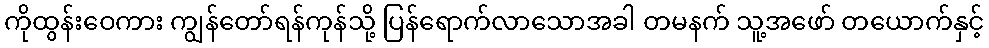
ကိုထွန်းဝေကား ကျွန်တော်ရန်ကုန်သို့ ပြန်ရောက်လာသောအခါ တမနက် သူ့အဖော် တယောက်နှင့်